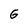
Character: G